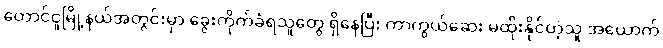
တောင်ငူမြို့နယ်အတွင်းမှာ ခွေးကိုက်ခံရသူတွေ ရှိနေပြီး ကာကွယ်ဆေး မထိုးနိုင်တဲ့သူ အယောက်